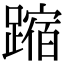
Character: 蹜